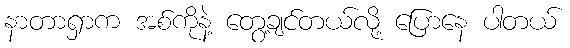
နာတာရှာက အစ်ကိုနဲ့ တွေ့ချင်တယ်လို့ ပြောနေ ပါတယ်